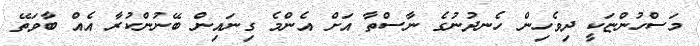
މަސްހުންޏަކީ ދިވެހިން ހެނދުނުގެ ނާސްތާ އަށް އެންމެ ގިނައިން ބޭނުންކުރާ އެއް ބާވަތޭ